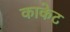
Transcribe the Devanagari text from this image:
काकेट